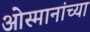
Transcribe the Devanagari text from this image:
ओस्मानांच्या